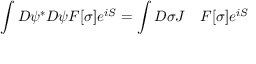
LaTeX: \int D \psi ^ { * } D \psi F [ \sigma ] e ^ { i S } = \int D \sigma J \quad F [ \sigma ] e ^ { i S }